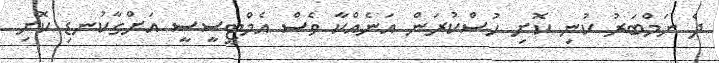
ދެ ނަމްބަރު ކުނި ކޮށި ހުސްކުރަން އަނެއްކާ ވެސް އެމްޓީސީސީ އަށްގާކުނޑި ކޮށި